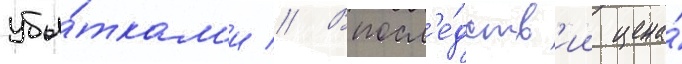
убы́ткам'и // Впосл'е́дств'ии цена́